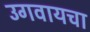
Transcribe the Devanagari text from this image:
उगवायचा